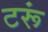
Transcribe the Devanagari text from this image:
टरूं